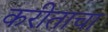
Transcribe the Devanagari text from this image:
करीताचा